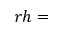
r h =